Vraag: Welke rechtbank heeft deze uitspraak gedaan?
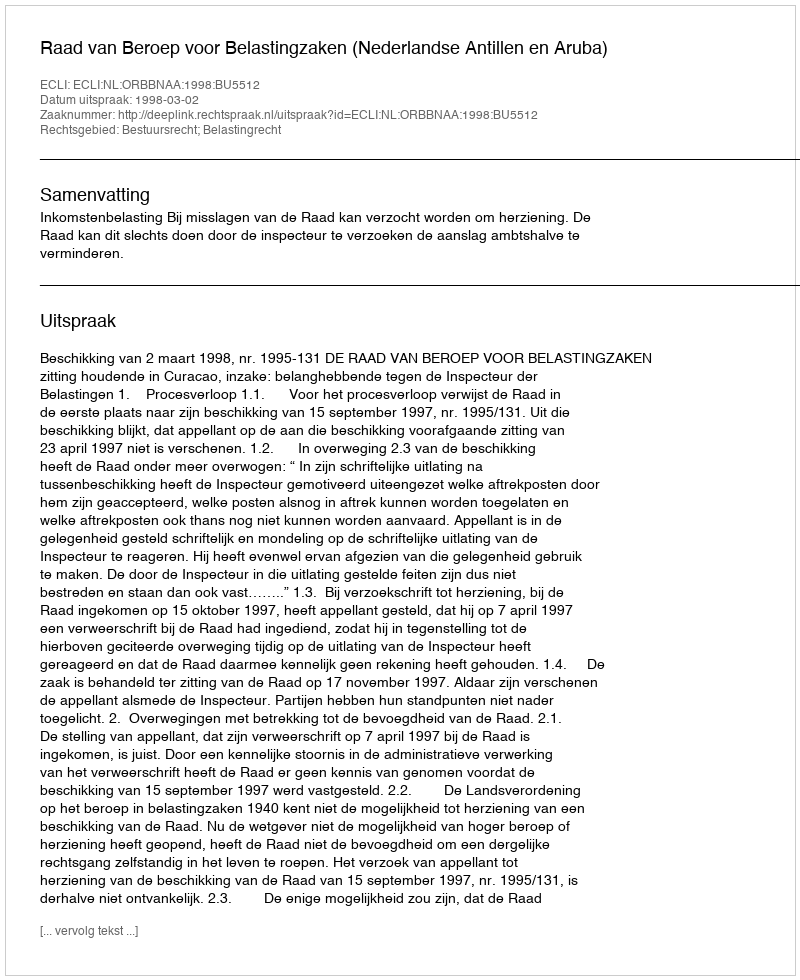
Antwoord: Raad van Beroep voor Belastingzaken (Nederlandse Antillen en Aruba)